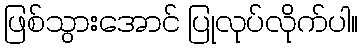
ဖြစ်သွားအောင် ပြုလုပ်လိုက်ပါ။